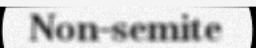
Non-semite